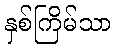
နှစ်ကြိမ်သာ